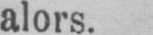
alors.